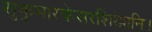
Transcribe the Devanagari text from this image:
सुकुमारकेसरशिखानि।